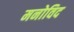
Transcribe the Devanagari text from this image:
मनोविद